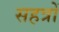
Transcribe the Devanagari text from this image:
सहत्रों